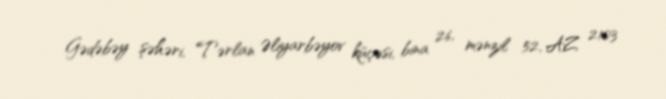
Gədəbəy şəhəri, Tərlan Əliyarbəyov küçəsi, bina 26, mənzil 52, AZ 2103